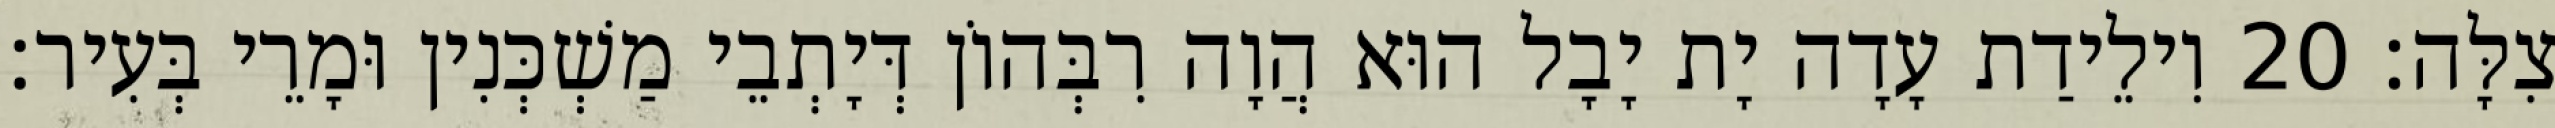
צִלָּה׃ 20 וִילֵידַת עָדָה יָת יָבָל הוּא הֲוָה רִבְּהוֹן דְּיָתְבֵי מַשְׁכְּנִין וּמָרֵי בְּעִיר׃